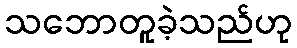
သဘောတူခဲ့သည်ဟု